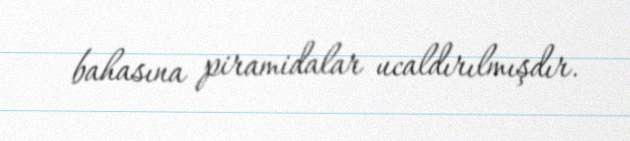
bahasına piramidalar ucaldırılmışdır.